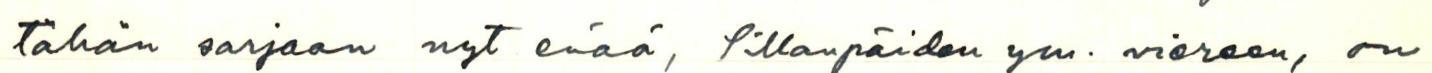
tähän sarjaan nyt enää, Sillanpäiden ym. viereen, on